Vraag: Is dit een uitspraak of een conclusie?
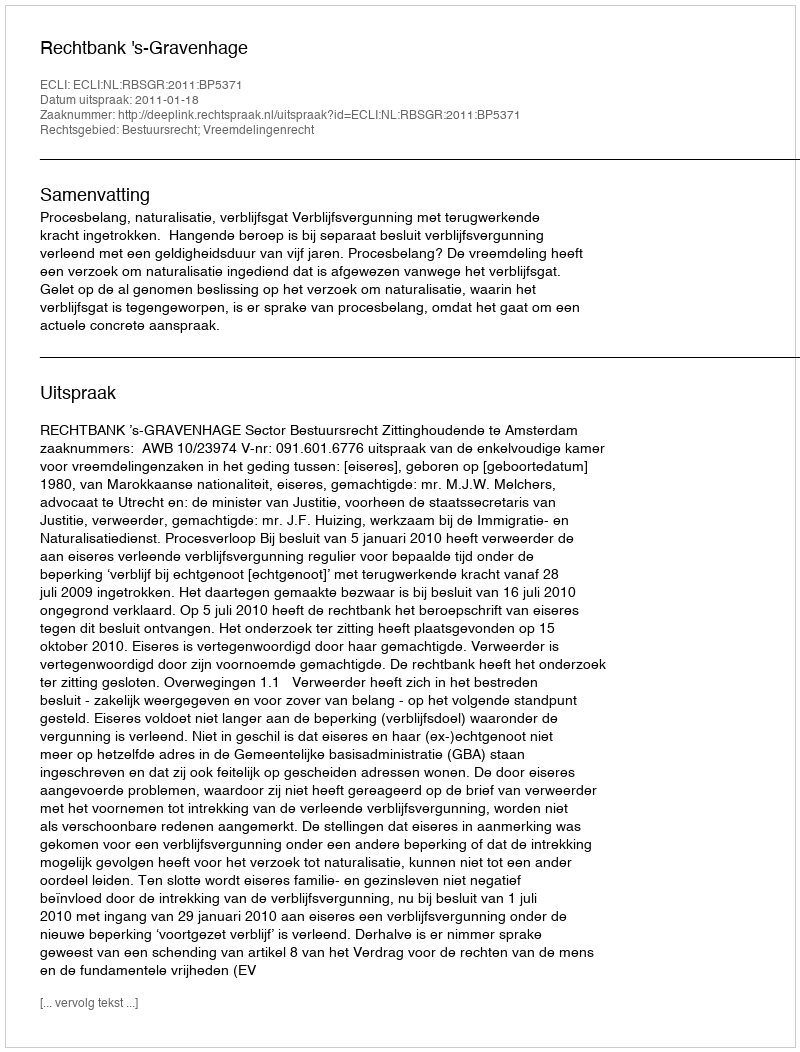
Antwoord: Uitspraak